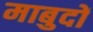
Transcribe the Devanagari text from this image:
माबुदों